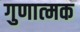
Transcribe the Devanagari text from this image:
गुणात्‍मक